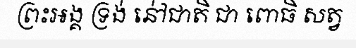
ព្រះអង្គ ទ្រង់ នៅ់ជាតិ ជា ពោធិ សត្វ